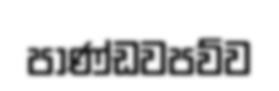
පාණ්ඩවපව්ව